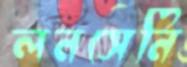
লনসেনি